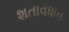
શતાવધાન